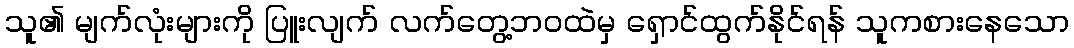
သူ၏ မျက်လုံးများကို ပြူးလျက် လက်တွေ့ဘဝထဲမှ ရှောင်ထွက်နိုင်ရန် သူကစားနေသော